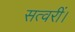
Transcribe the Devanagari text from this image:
सत्वरीं।